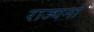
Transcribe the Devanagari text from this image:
राज्यनां